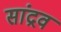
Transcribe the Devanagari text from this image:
सांद्रव